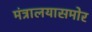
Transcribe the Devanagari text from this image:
मंत्रालयासमोर